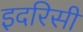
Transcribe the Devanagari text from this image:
इदरिसी